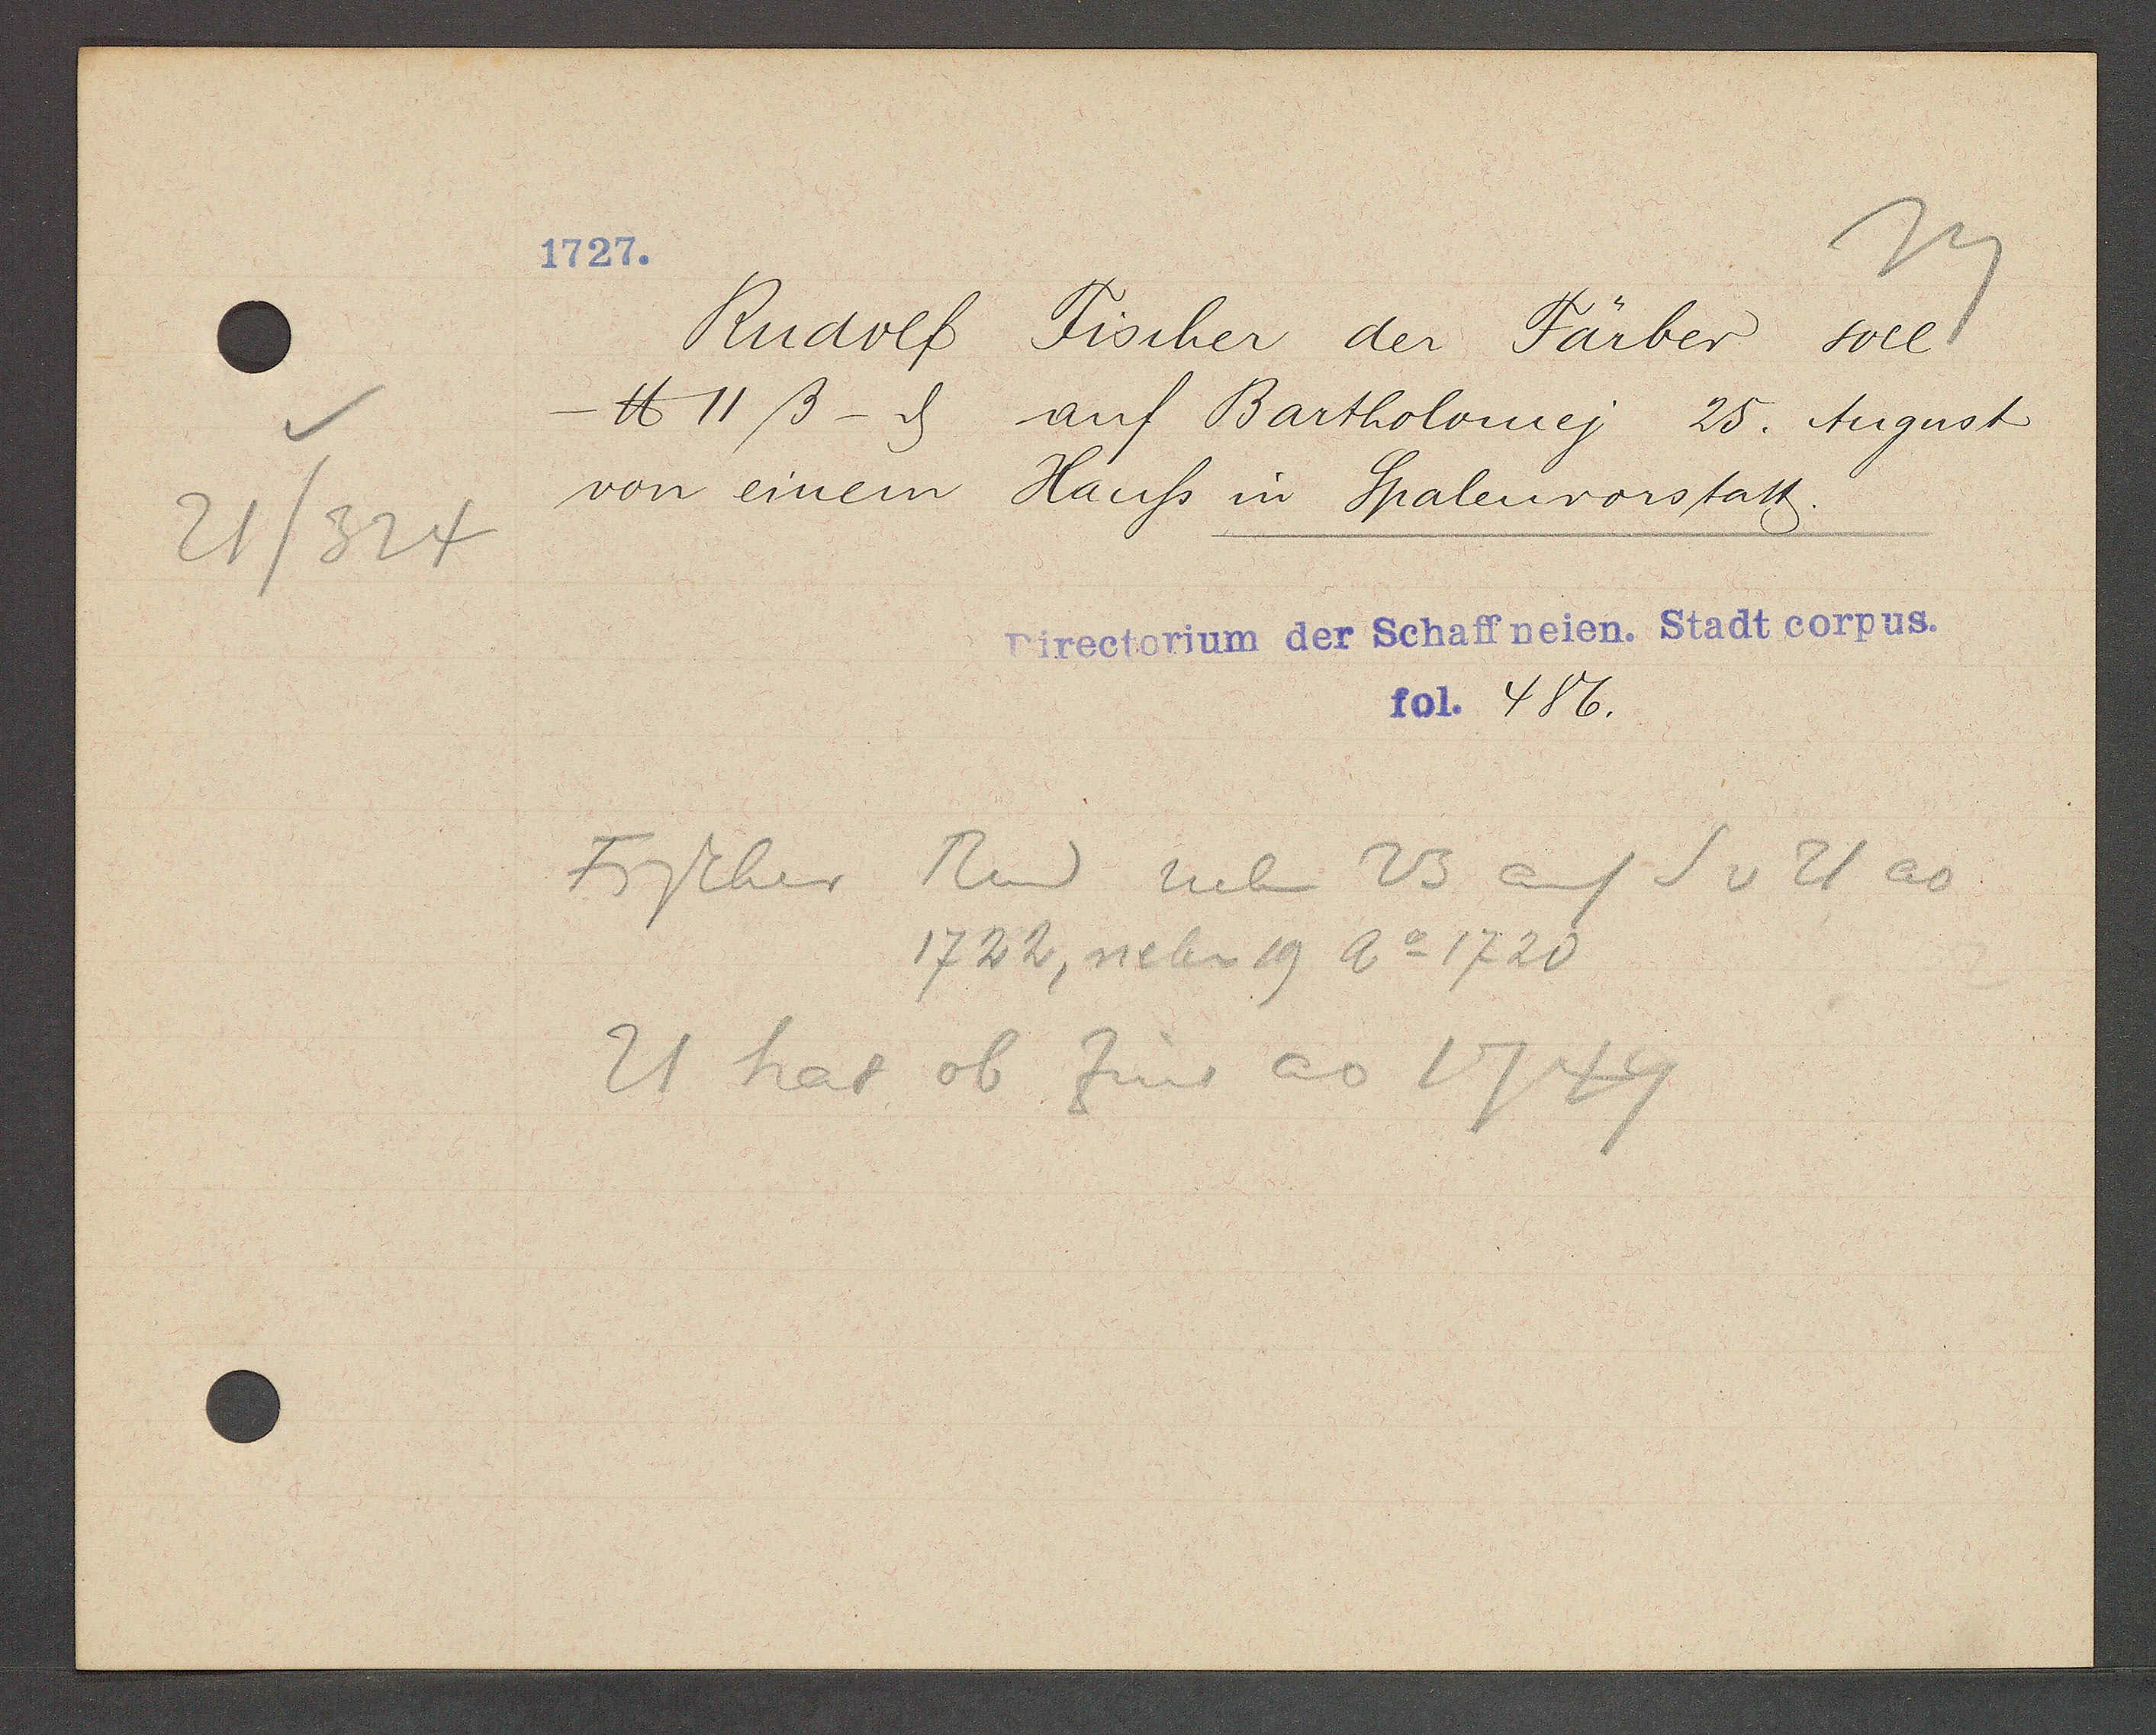
Transcript:
21/324

1727.

Rudolf Fischer der Färber soll
℔ 11ß - ȡ auf Bartholomey 25. August
von einem Hauss in Spalenvorstatt.

Directorium der Schaffneien. Stadt corpus.
fol. 486.

Fischer Rud neben 23 auf S v 21 ao
1722, neben 19 Ao 1720
21 hat ob Zins ao 1749